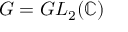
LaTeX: G = G L _ { 2 } ( \mathbb { C } )